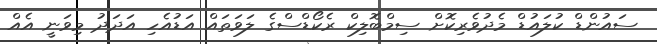
ސައުންޑް ކުލައުޑް މެދުވެރިކޮށް ސިމްބޮލިކް ރެކޯޑްސްގެ ލަވަތައް އަޑުއެހި އަދަދު މިވަނީ އެއް